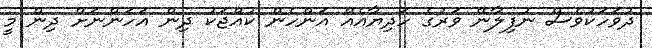
ދުވަހަކުވެސް ނުފިލާނޭ ވަރުގެ ހަދިޔާއެއް އަންހެން ކުއްޖަކު ދިން އަހަންނަށް ދިން މީ